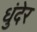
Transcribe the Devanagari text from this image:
धुंदेर